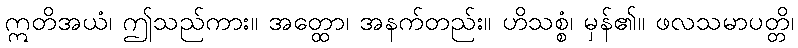
ဣတိအယံ၊ ဤသည်ကား။ အတ္ထော၊ အနက်တည်း။ ဟိသစ္စံ၊ မှန်၏။ ဖလသမာပတ္တိ၊